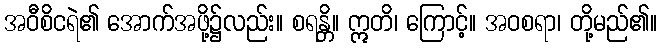
အဝီစိငရဲ၏ အောက်အဖို့၌လည်း။ စရန္တိ။ ဣတိ၊ ကြောင့်။ အဝစရာ၊ တို့မည်၏။